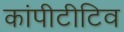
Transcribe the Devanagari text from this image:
कांपीटीटिव